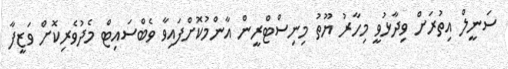
ސަނީލް އިތުރަށް ވިދާޅުވީ މިހާރު ޔޫތު މިނިސްޓްރީން އާންމުކޮށްފައިވާ ވެބްސައިޓް މެދުވެރިކޮށް ވަޒީފާ